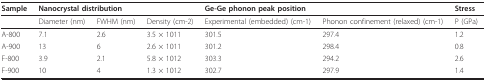
<table><thead><tr><td><b>Sample</b></td><td colspan="3"><b>Nanocrystal distribution</b></td><td colspan="2"><b>Ge-Ge phonon peak position</b></td><td><b>Stress</b></td></tr></thead><tbody><tr><td></td><td>Diameter (nm)</td><td>FWHM (nm)</td><td>Density (cm-2)</td><td>Experimental (embedded) (cm-1)</td><td>Phonon confinement (relaxed) (cm-1)</td><td>P (GPa)</td></tr><tr><td>A-800</td><td>7.1</td><td>2.6</td><td>3.5 × 1011</td><td>301.5</td><td>297.4</td><td>1.2</td></tr><tr><td>A-900</td><td>13</td><td>6</td><td>2.6 × 1011</td><td>301.2</td><td>298.4</td><td>0.8</td></tr><tr><td>F-800</td><td>3.9</td><td>2.1</td><td>5.8 × 1012</td><td>303.3</td><td>294.2</td><td>2.6</td></tr><tr><td>F-900</td><td>10</td><td>4</td><td>1.3 × 1012</td><td>302.7</td><td>297.9</td><td>1.4</td></tr></tbody></table>